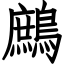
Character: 鷓